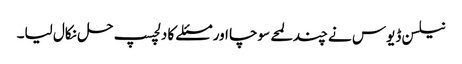
نیلسن ڈیوس نے چند لمحے سوچا اور مسئلے کا دلچسپ حل نکال لیا۔